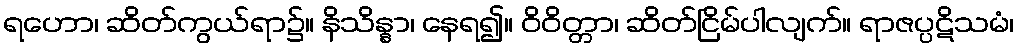
ရဟော၊ ဆိတ်ကွယ်ရာ၌။ နိသိန္နာ၊ နေရ၍။ ဝိဝိတ္တာ၊ ဆိတ်ငြိမ်ပါလျက်။ ရာဇပ္ပဋိသမံ၊